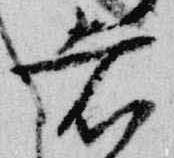
者